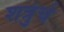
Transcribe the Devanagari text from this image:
शत्रुंचे